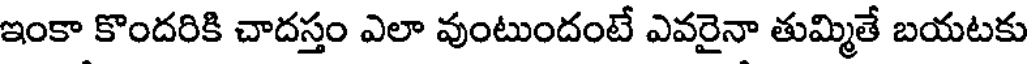
ఇంకా కొందరికి చాదస్తం ఎలా వుంటుందంటే ఎవరైనా తుమ్మితే బయటకు